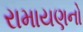
રામાયણનો